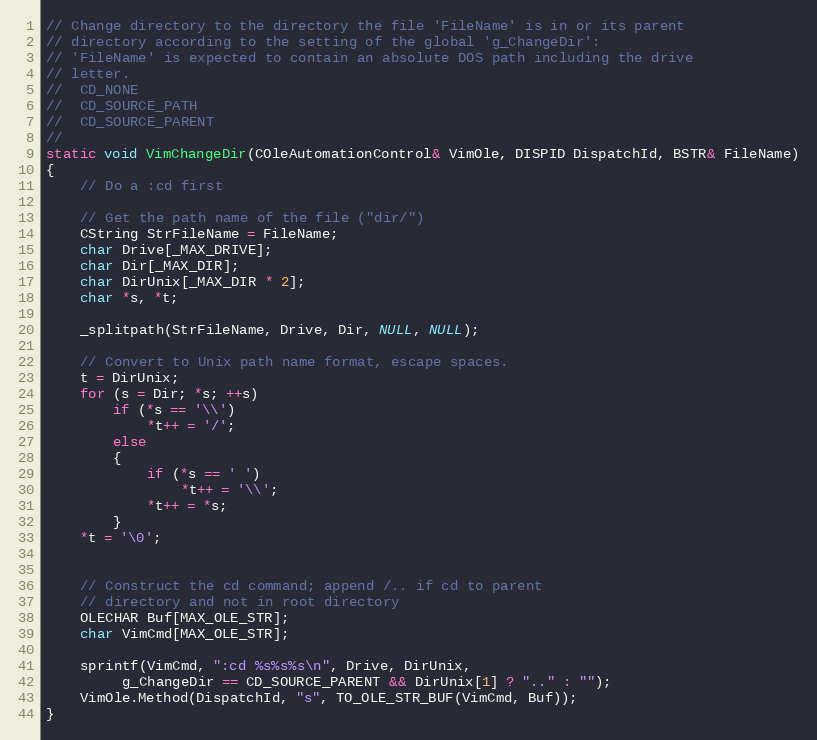
Language: C++
// Change directory to the directory the file 'FileName' is in or its parent
// directory according to the setting of the global 'g_ChangeDir':
// 'FileName' is expected to contain an absolute DOS path including the drive
// letter.
//	CD_NONE
//	CD_SOURCE_PATH
//	CD_SOURCE_PARENT
//
static void VimChangeDir(COleAutomationControl& VimOle, DISPID DispatchId, BSTR& FileName)
{
	// Do a :cd first

	// Get the path name of the file ("dir/")
	CString StrFileName = FileName;
	char Drive[_MAX_DRIVE];
	char Dir[_MAX_DIR];
	char DirUnix[_MAX_DIR * 2];
	char *s, *t;

	_splitpath(StrFileName, Drive, Dir, NULL, NULL);

	// Convert to Unix path name format, escape spaces.
	t = DirUnix;
	for (s = Dir; *s; ++s)
		if (*s == '\\')
			*t++ = '/';
		else
		{
			if (*s == ' ')
				*t++ = '\\';
			*t++ = *s;
		}
	*t = '\0';

	// Construct the cd command; append /.. if cd to parent
	// directory and not in root directory
	OLECHAR Buf[MAX_OLE_STR];
	char VimCmd[MAX_OLE_STR];

	sprintf(VimCmd, ":cd %s%s%s\n", Drive, DirUnix,
		 g_ChangeDir == CD_SOURCE_PARENT && DirUnix[1] ? ".." : "");
	VimOle.Method(DispatchId, "s", TO_OLE_STR_BUF(VimCmd, Buf));
}